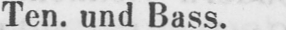
Ten. und Bass.